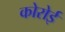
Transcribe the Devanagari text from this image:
कोरोई